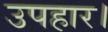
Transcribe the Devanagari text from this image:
उपहार।